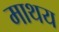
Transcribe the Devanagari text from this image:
माथय